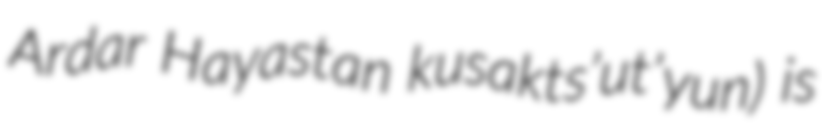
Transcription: Ardar Hayastan kusakts’ut’yun) is